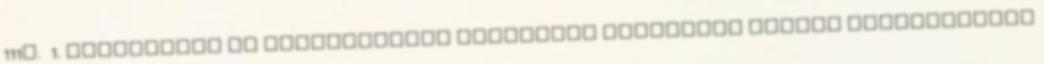
111§. 1. értelmében az Országgyűlés Hivatalán keresztül bérelt ingatlanokat